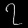
Digit: ၇